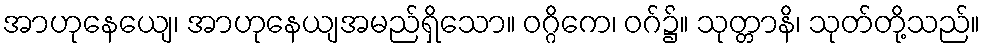
အာဟုနေယျေ၊ အာဟုနေယျအမည်ရှိသော။ ဝဂ္ဂိကေ၊ ဝဂ်၌။ သုတ္တာနိ၊ သုတ်တို့သည်။